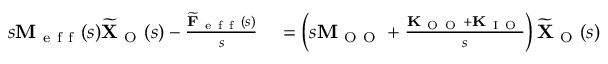
\begin{array} { r l } { s \mathbf { M } _ { \mathrm { ~ e ~ f ~ f ~ } } ( s ) \widetilde { \mathbf { X } } _ { \mathrm { ~ O ~ } } ( s ) - \frac { \widetilde { \mathbf { F } } _ { \mathrm { ~ e ~ f ~ f ~ } } ( s ) } { s } } & { { } = \left( s \mathbf { M } _ { \mathrm { ~ O ~ O ~ } } + \frac { \mathbf { K } _ { \mathrm { ~ O ~ O ~ } } + \mathbf { K } _ { \mathrm { ~ I ~ O ~ } } } { s } \right) \widetilde { \mathbf { X } } _ { \mathrm { ~ O ~ } } ( s ) } \end{array}